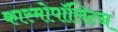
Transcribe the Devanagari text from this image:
कास्मोपॉलिटन